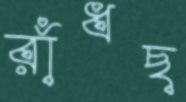
রাঁধছ